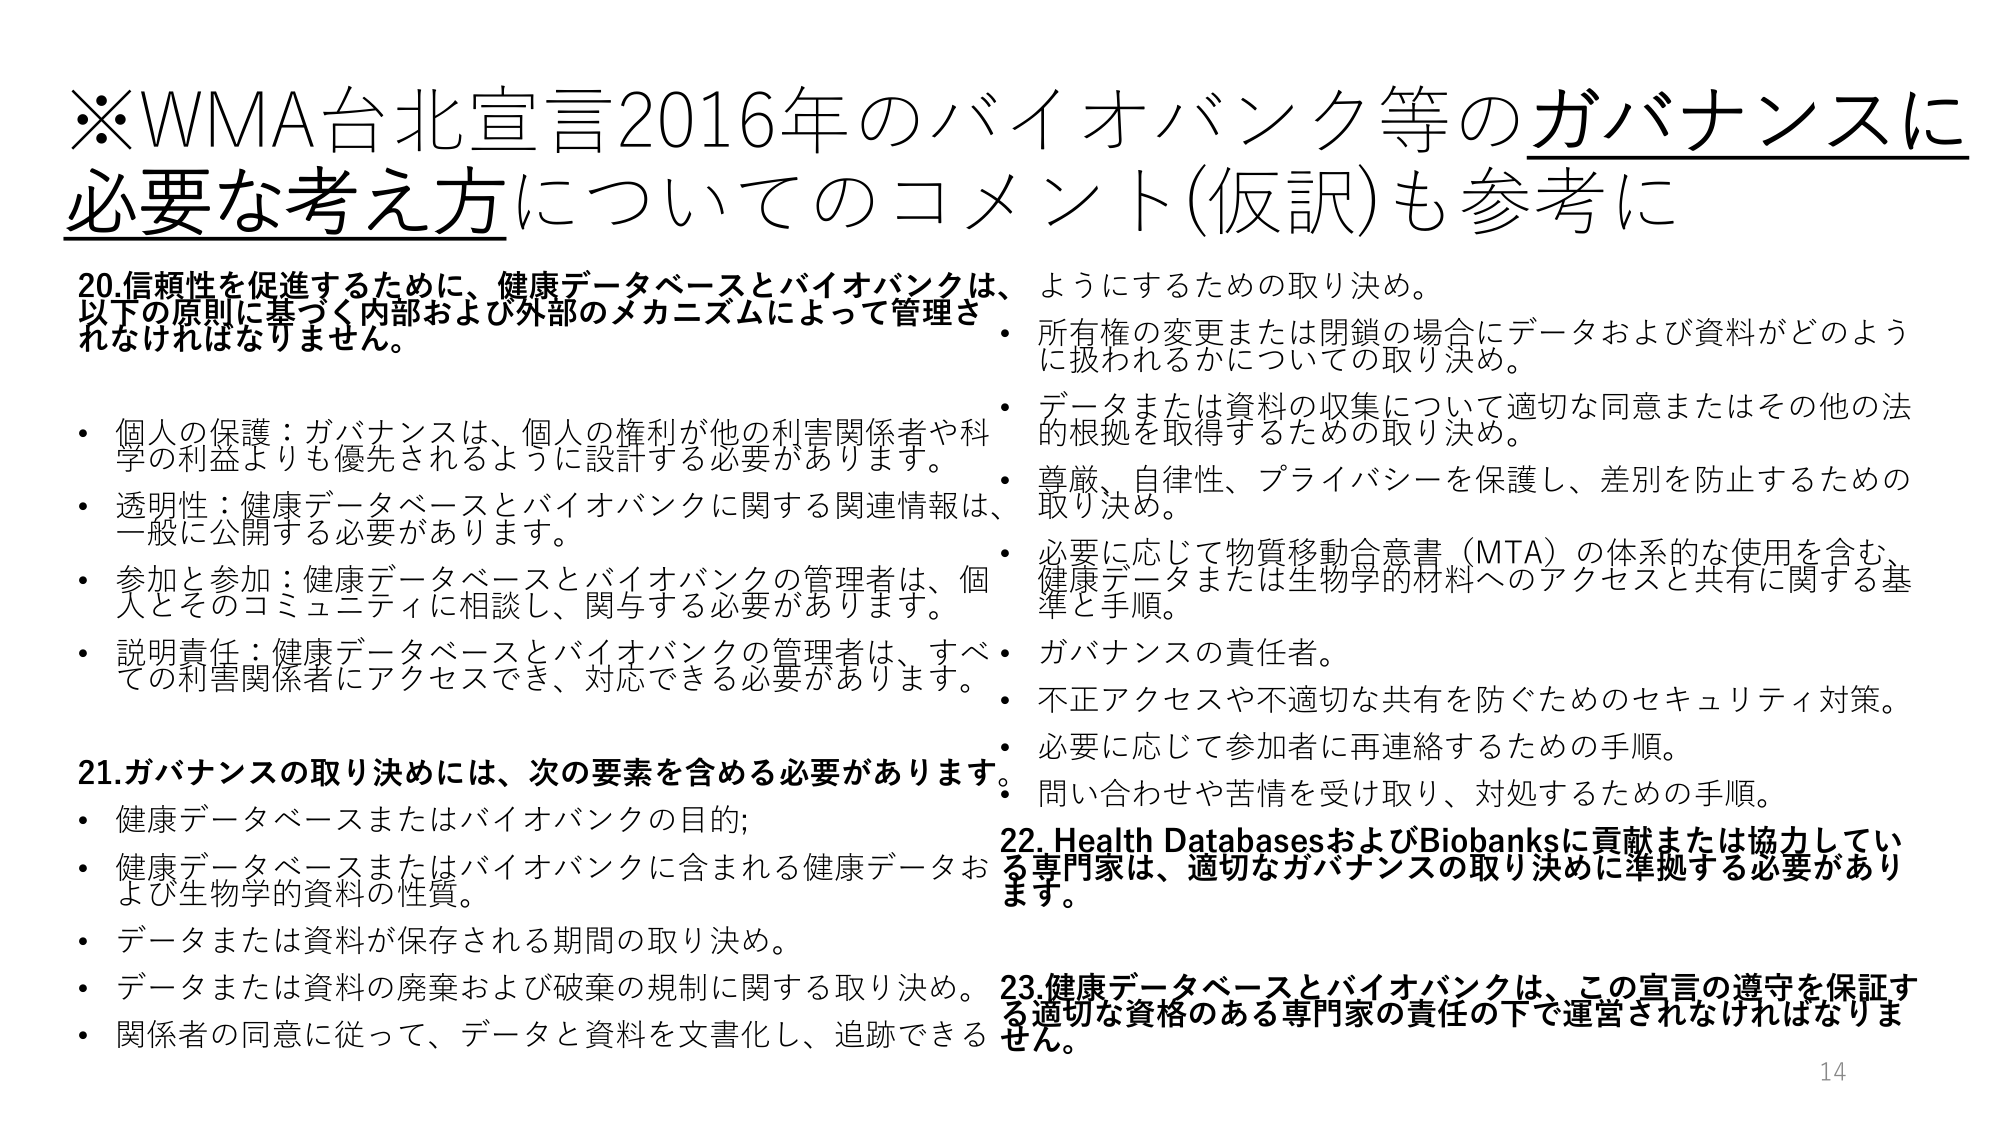
※WMA台北宣言2016年のバイオバンク等のガバナンスに必要な考え方についてのコメント(仮訳)も参考に

20.信頼性を促進するために、健康データベースとバイオバンクは、以下の原則に基づく内部および外部のメカニズムによって管理されなければなりません。

・個人の保護：ガバナンスは、個人の権利が他の利害関係者や科学の利益よりも優先されるように設計する必要があります。
・透明性：健康データベースとバイオバンクに関する関連情報は、一般に公開する必要があります。
・参加と参加：健康データベースとバイオバンクの管理者は、個人とそのコミュニティに相談し、関与する必要があります。
・説明責任：健康データベースとバイオバンクの管理者は、すべての利害関係者にアクセスでき、対応できる必要があります。

21.ガバナンスの取り決めには、次の要素を含める必要があります：
・健康データベースまたはバイオバンクの目的；
・健康データベースまたはバイオバンクに含まれる健康データおよび生物学的資料の性質。
・データまたは資料が保存される期間の取り決め。
・データまたは資料の廃棄および破棄の規制に関する取り決め。
・関係者の同意に従って、データと資料を文書化し、追跡できるようにするための取り決め。
・所有権の変更または閉鎖の場合にデータおよび資料がどのように扱われるかについての取り決め。
・データまたは資料の収集について適切な同意またはその他の法的根拠を取得するための取り決め。
・尊厳、自律性、プライバシーを保護し、差別を防止するための取り決め。
・必要に応じて物質移動合意書（MTA）の体系的な使用を含む、健康データまたは生物学的材料へのアクセスと共有に関する基準と手順。
・ガバナンスの責任者。
・不正アクセスや不適切な共有を防ぐためのセキュリティ対策。
・必要に応じて参加者に再連絡するための手順。
・問い合わせや苦情を受け取り、対処するための手順。

22. Health DatabasesおよびBiobanksに貢献または協力している専門家は、適切なガバナンスの取り決めに準拠する必要があります。

23.健康データベースとバイオバンクは、この宣言の遵守を保証する適切な資格のある専門家の責任の下で運営されなければなりません。

14